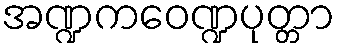
အဏ္ဍကဝေဏ္ဍပုတ္တာ